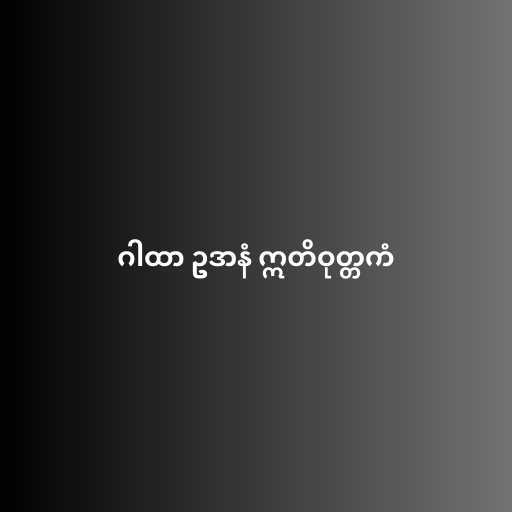
ဂါထာ ဥဒာနံ ဣတိဝုတ္တကံ